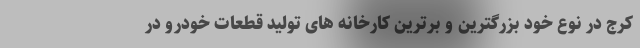
کرج در نوع خود بزرگترین و برترین کارخانه های تولید قطعات خودرو در